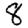
Digit: 8